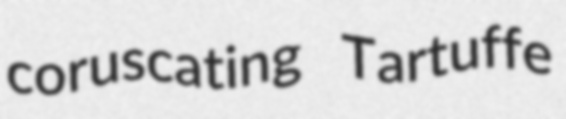
coruscating Tartuffe